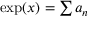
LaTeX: \textstyle \exp ( x ) = \sum a _ { n }